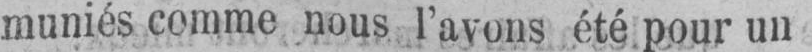
muniés comme nous l’avons été pour un